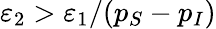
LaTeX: \varepsilon_{2}>\varepsilon_{1}/(p_{S}-p_{I})